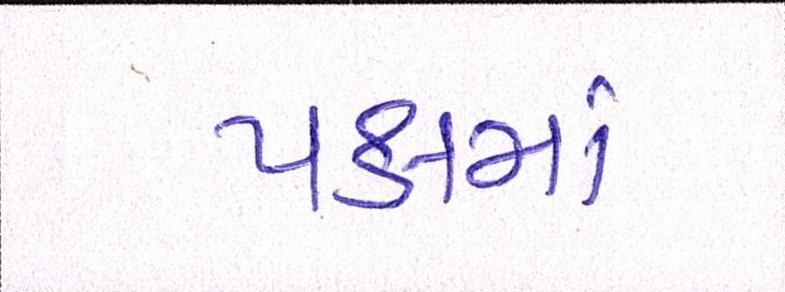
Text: પક્ષમાં